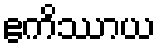
ဧကိဿာယ